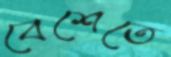
বেশেতে